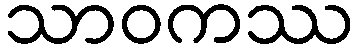
သာဝကဿ